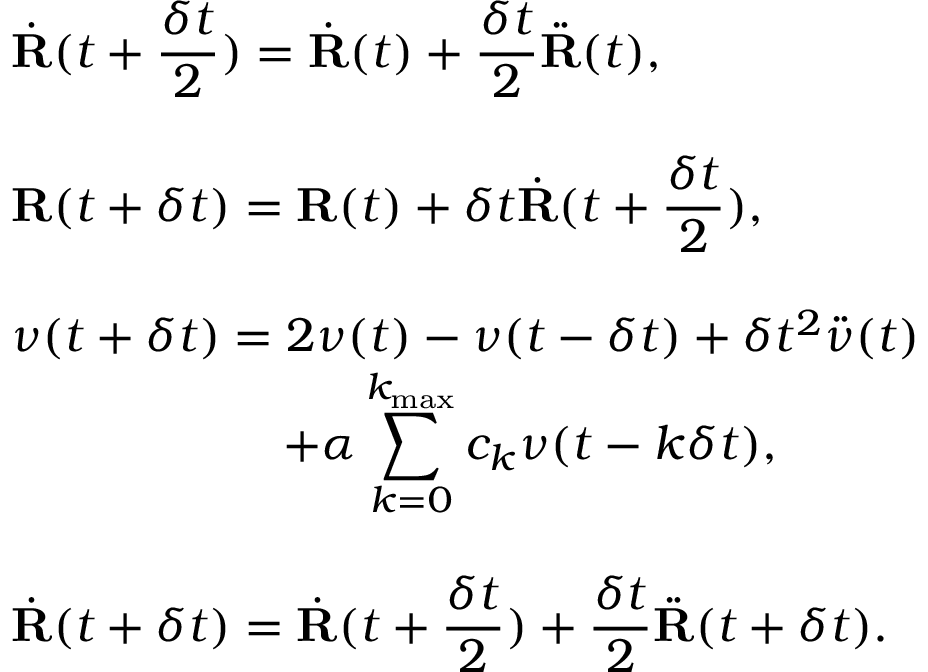
\begin{array} { l } { { \displaystyle { { \dot { \bf R } } } ( t + \frac { \delta t } { 2 } ) = { { \dot { \bf R } } } ( t ) + \frac { \delta t } { 2 } { { \ddot { \bf R } } } ( t ) } , } \\ { ~ ~ } \\ { { \displaystyle { { \bf R } } ( t + \delta t ) = { { \bf R } } ( t ) + \delta t { { \dot { \bf R } } } ( t + \frac { \delta t } { 2 } ) } , } \\ { ~ ~ } \\ { { \displaystyle \nu ( t + \delta t ) = 2 \nu ( t ) - \nu ( t - \delta t ) + \delta t ^ { 2 } { \ddot { \nu } } ( t ) } } \\ { { \displaystyle ~ ~ ~ ~ ~ ~ ~ ~ ~ ~ ~ ~ ~ ~ ~ ~ ~ + \alpha \sum _ { k = 0 } ^ { k _ { \mathrm { m a x } } } c _ { k } \nu ( t - k \delta t ) } , } \\ { ~ ~ } \\ { { \displaystyle { { \dot { \bf R } } } ( t + \delta t ) = { { \dot { \bf R } } } ( t + \frac { \delta t } { 2 } ) + \frac { \delta t } { 2 } { { \ddot { \bf R } } } ( t + \delta t ) } . } \end{array}